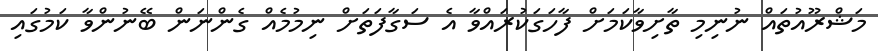
މަޝްރޫއުތައް ނުނިމި ތާށިވާކަމަށް ފާހަގަކުރައްވާ އެ ސަގާފަތަށް ނިމުމެއް ގެންނަން ބޭނުންވާ ކަމުގައި